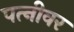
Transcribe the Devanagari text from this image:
पत्‍नीवर